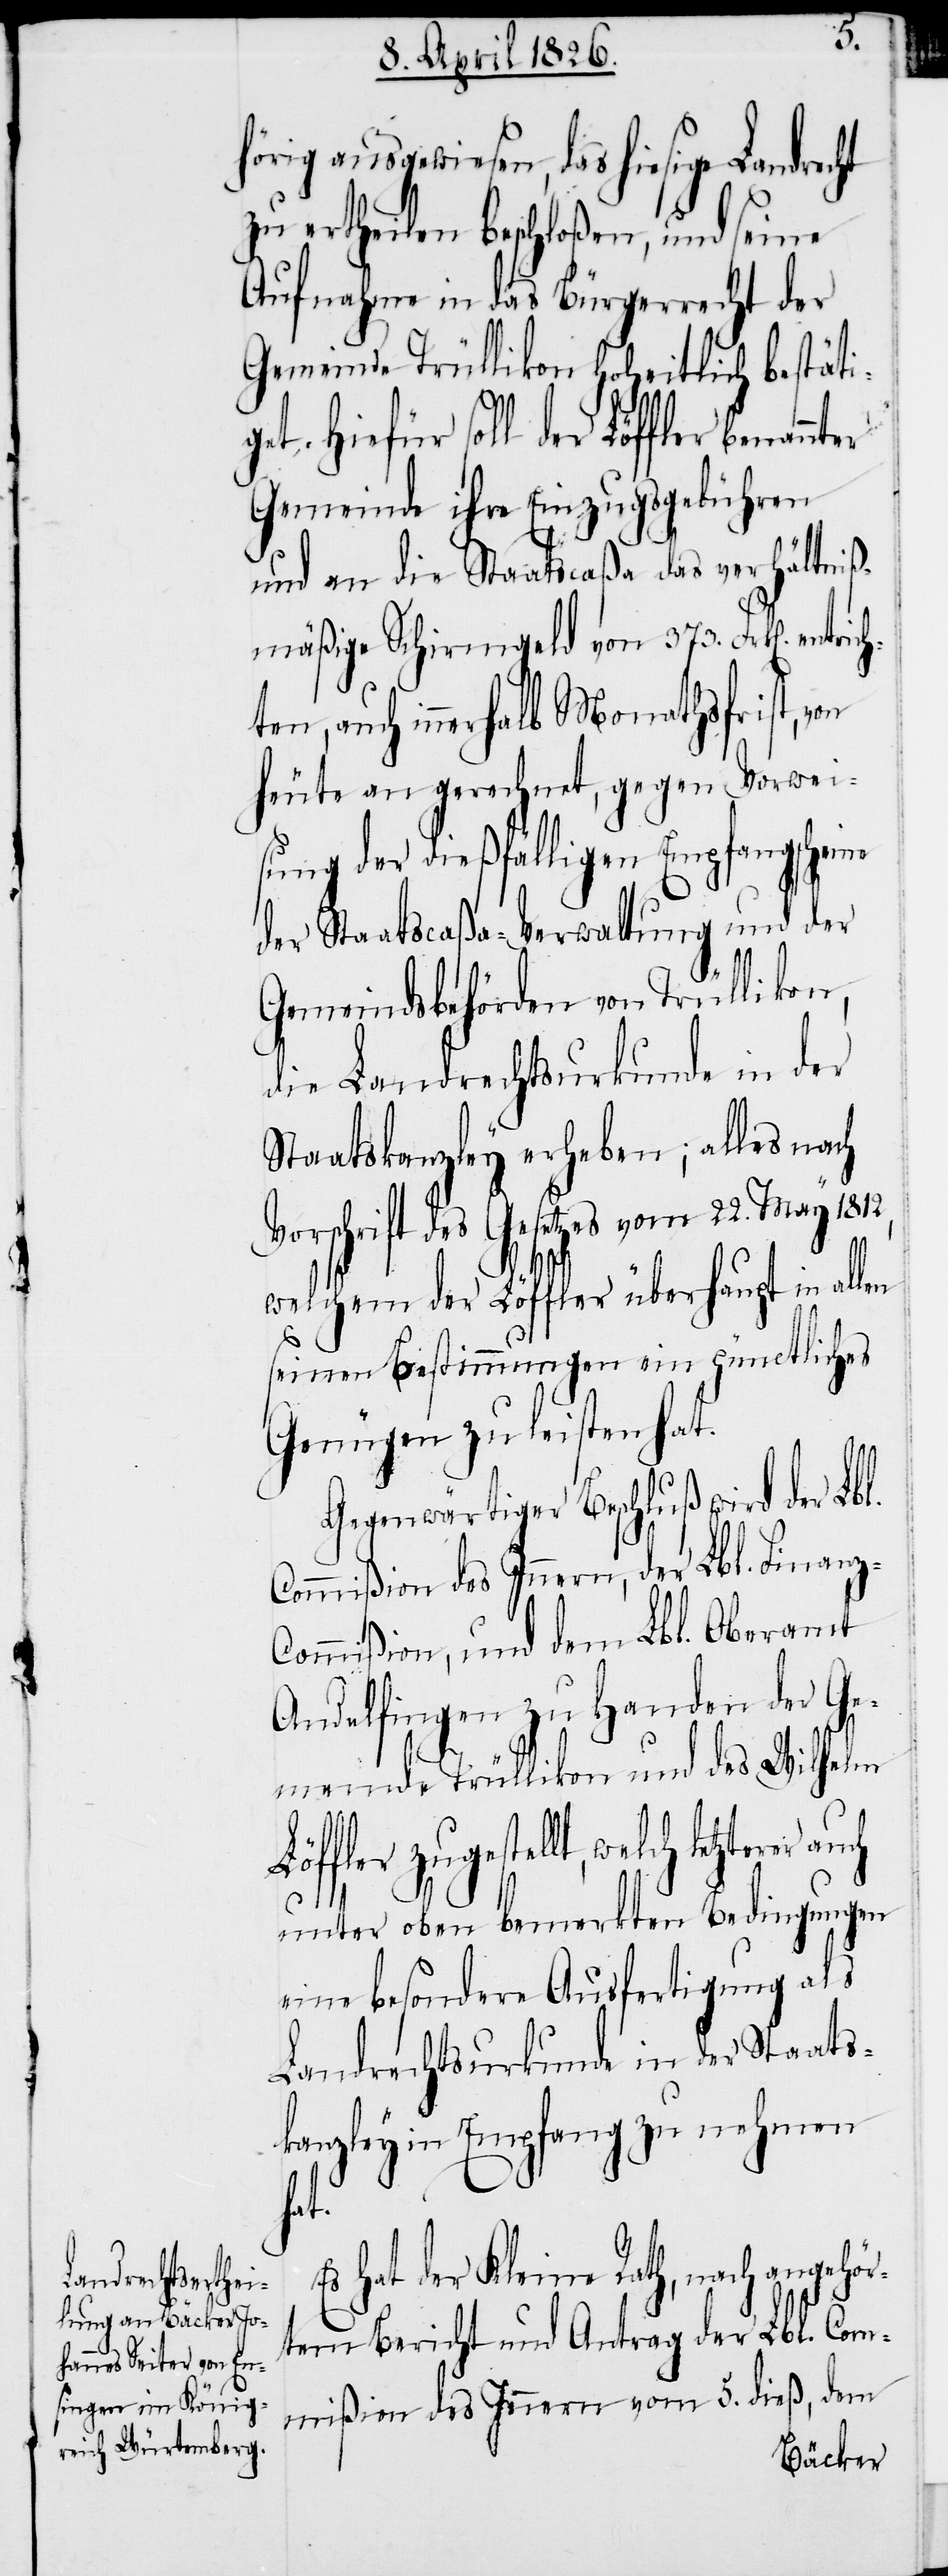
hörig ausgewiesen, das hiesige Landrec¬
zu ertheilen beschloßen, und seine
Aufnahme in das Bürgerrecht der
Gemeinde Trüllikon hoheitlich bestäti¬
get. Hiefür soll der Löffler
Gemeinde ihre Einzugsgebühren
und an die Staatscaßa das verhältniß¬
mäßige Schirmgeld von 373. Frk[en].
auch innerhalb Monathsfrist, von
heute an gerechnet, gegen Vorwei¬
sung der dießfälligen Empfangschei¬
der Staatscaßa-Verwaltung und der
Gemeindsbehörden von Trüllikon,
die Landrechtsurkunde in der
Staatskanzley erheben; alles nach
Vorschrift des Gesetzes vom 22. May 1812,
welchem der Löffler überhaupt in allen
ne
seinen Bestimmungen ein pünctliches
Genügen zu leisten hat.
Gegenwärtiger Beschluß wird der Lbl.
Commißion des Innern, der Lbl. Finan¬
ommißion, und dem Lbl. Oberamt
Andelfingen zu Handen der Ge¬
meinde Trüllikon und des Wilhelm
zugestellt, welch letzterer
unter oben bemerkten Bedingungen
eine besondere Ausfertigung als
Landrechtsurkunde in der Staats¬
kanzley in Empfang zu nehmen
hat.
Es hat der Kleine Rath, nach angehö¬
rtem Bericht und Antrag der Lbl. Com¬
mißion des Innern vom 5. dieß, dem